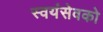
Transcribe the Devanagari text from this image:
स्‍वयंसेवको